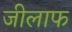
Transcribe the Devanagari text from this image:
जीलाफ